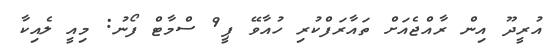
އުރީދޫ އިން ރާއްޖެއަށް ތައާރަފްކުރި ހުއާވޭ ޕީ9 ސްމާޓް ފޯނު: މިއީ ލެއިކާ